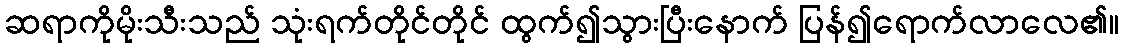
ဆရာကိုမိုးသီးသည် သုံးရက်တိုင်တိုင် ထွက်၍သွားပြီးနောက် ပြန်၍ရောက်လာလေ၏။